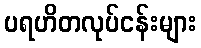
ပရဟိတလုပ်ငန်းများ